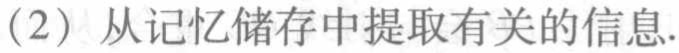
(2) 从记忆储存中提取有关的信息.